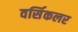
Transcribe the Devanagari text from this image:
वर्सिकलर